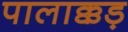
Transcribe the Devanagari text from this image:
पालाक्कड़